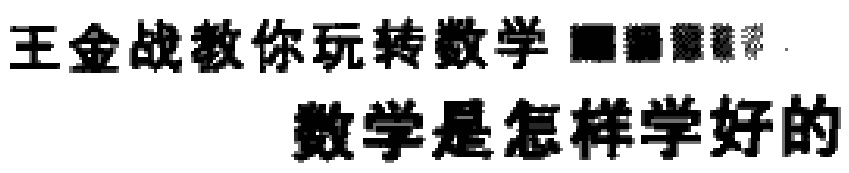
王金战教你玩转数学  数学是怎样学好的